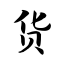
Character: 货